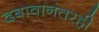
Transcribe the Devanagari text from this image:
दबावानंतरही